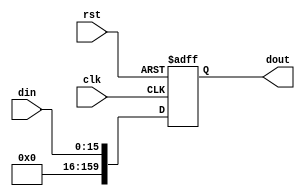
module PIPO (
	din,
	clk,
	rst,
	dout
	);
input [15:0] din;
input clk,rst;
output [159:0] dout;
reg [159:0] din_save;
wire clk,rst;
reg [159:0] dout;
always @(posedge clk or negedge rst) begin
	if(!rst) begin
		dout <= 16'b0;
	end
	else begin
		din_save [15:0] <= din;
		din_save [31:16] <= din_save [15:0];
		din_save [47:31] <= din_save [31:16];
		din_save [63:48] <= din_save [47:31];
		din_save [79:64] <= din_save [63:48];
		din_save [95:80] <= din_save [79:64];
		din_save [111:96] <= din_save [95:80];
		din_save [127:112] <= din_save [111:96];
		din_save [143:128] <= din_save [127:112];
		dout <= din;
	end
end
endmodule